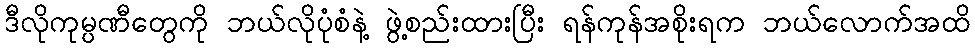
ဒီလိုကုမ္ပဏီတွေကို ဘယ်လိုပုံစံနဲ့ ဖွဲ့စည်းထားပြီး ရန်ကုန်အစိုးရက ဘယ်လောက်အထိ